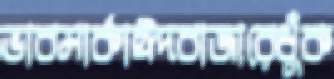
ভাবমার্কাঈদবাজারেধুঁক